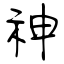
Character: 神